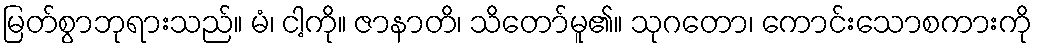
မြတ်စွာဘုရားသည်။ မံ၊ ငါ့ကို။ ဇာနာတိ၊ သိတော်မူ၏။ သုဂတော၊ ကောင်းသောစကားကို